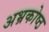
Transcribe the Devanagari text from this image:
अभ्रकोष्ठ